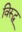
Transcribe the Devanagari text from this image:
विरूद्ध्